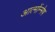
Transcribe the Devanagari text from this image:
आत्मोंन्मेष